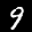
Label: 9